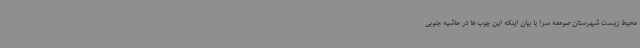
محیط زیست شهرستان صومعه سرا با بیان اینکه این چوب ها در حاشیه جنوبی